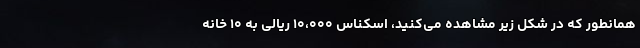
همانطور که در شکل زیر مشاهده می‌کنید، اسکناس ۱۰،۰۰۰ ریالی به ۱۰ خانه